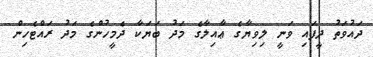
ދައުވަތު ދީފައި ވަނީ ލިވިޔާގެ ޢާއިލާގެ މަދު ބަޔަކާ ދެމީހުންގެ މަދު ރައްޓެހިން